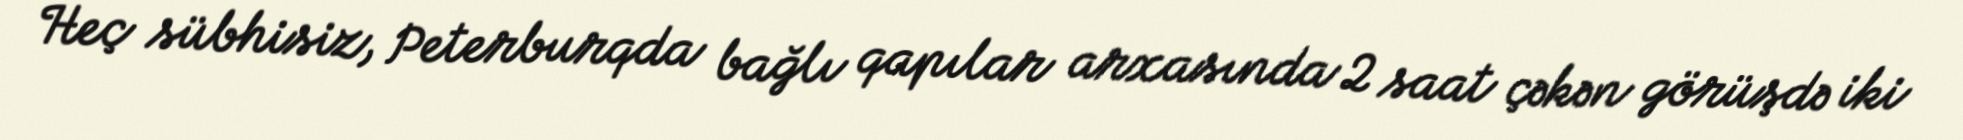
Heç sübhisiz, Peterburqda bağlı qapılar arxasında 2 saat çəkən görüşdə iki